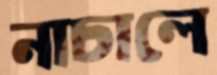
নাচালে